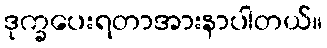
ဒုက္ခပေးရတာအားနာပါတယ်။